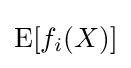
\operatorname {E} [f_{i}(X)]